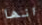
انها